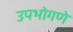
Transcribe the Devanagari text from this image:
उपभोगणे